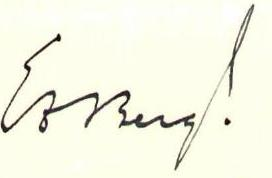
Essberg!